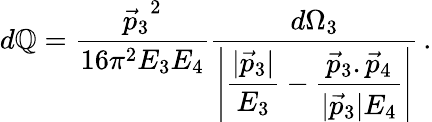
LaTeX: d\mathbb{Q}=\frac{{{\vec{{p}}_{3}}^{2}}}{{16\pi^{2}E_{3}E_{4}}}{\frac{{d\Omega_{3}}}{{\displaystyle{\left|\frac{{|\vec{{p}}_{3}|}}{{E_{3}}}-\frac{{{\vec{{p}}_{3}}.{\vec{{p}}_{4}}}}{{|\vec{{p}}_{3}|E_{4}}}\right|}}}}\, .